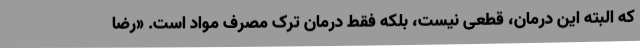
که البته این درمان، قطعی نیست، بلکه فقط درمان ترک مصرف مواد است. «رضا